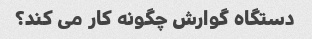
دستگاه گوارش چگونه کار می کند؟